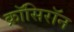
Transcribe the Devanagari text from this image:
क्रॉसिरॉन